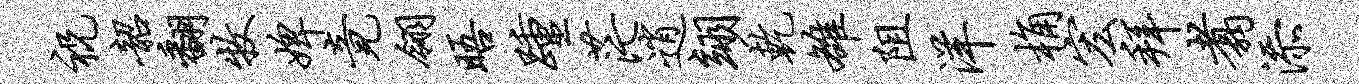
祝韶翻牧婢竟翎晤踵茫逍翊乾雒阻洋桷宏拜翥添